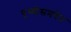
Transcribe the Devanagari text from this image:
पृथ्वीसमवेत